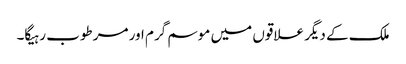
ملک کے دیگر علاقوں میں موسم گرم اور مرطوب رہیگا۔